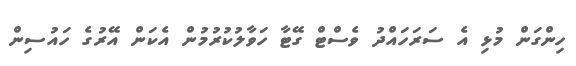
ހިންގަން މުޅި އެ ސަރަހައްދު ވެސްޓް ގޭޓާ ހަވާލުކުރުމުން އެކަން އޭރުގެ ހައުސިން